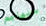
سيهاجم